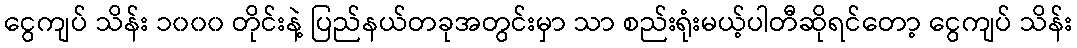
ငွေကျပ် သိန်း ၁၀၀၀ တိုင်းနဲ့ ပြည်နယ်တခုအတွင်းမှာ သာ စည်းရုံးမယ့်ပါတီဆိုရင်တော့ ငွေကျပ် သိန်း